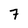
Character: 7